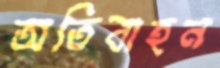
অতিবাহন